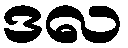
ဒလ